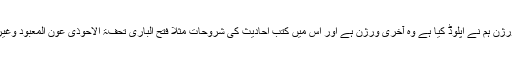
یاد رہے کہ اس سافٹ ویر کا جو ورژن ہم نے اپلوڈ کیا ہے وہ آخری ورژن ہے اور اس میں کتب احادیث کی شروحات مثلا فتح الباری تحفۃ الاحوذی عون المعبود وغیرہ میں بھی بحث کی جاسکتی ہے ۔